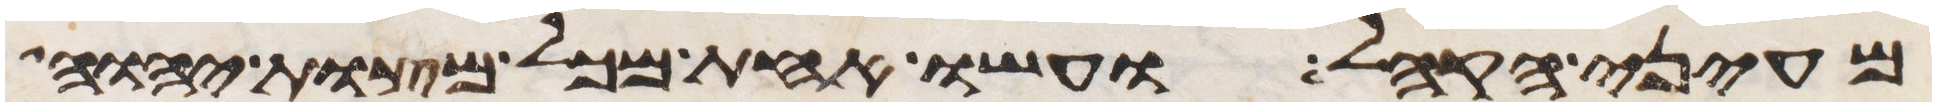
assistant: מעיני הקהל ועשו אחת מכל מצות יהוה